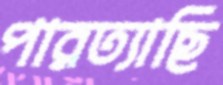
পারত্যাছি